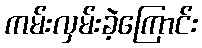
ကမ်းလှမ်းခဲ့ကြောင်း